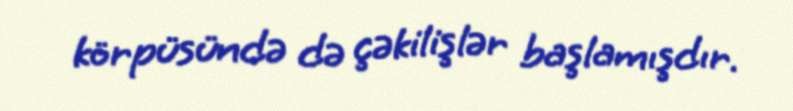
körpüsündə də çəkilişlər başlamışdır.